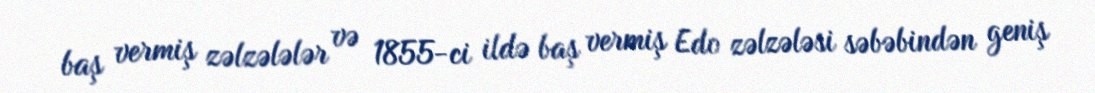
baş vermiş zəlzələlər və 1855-ci ildə baş vermiş Edo zəlzələsi səbəbindən geniş